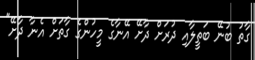
ގާތު ބުނޭ ބަތީލާއި ދުރަށް ދާށޭ އޭނާގެ މީހުންގެ ގާތަށް އެނާ ދާށޭ"